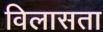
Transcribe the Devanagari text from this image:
विलासता